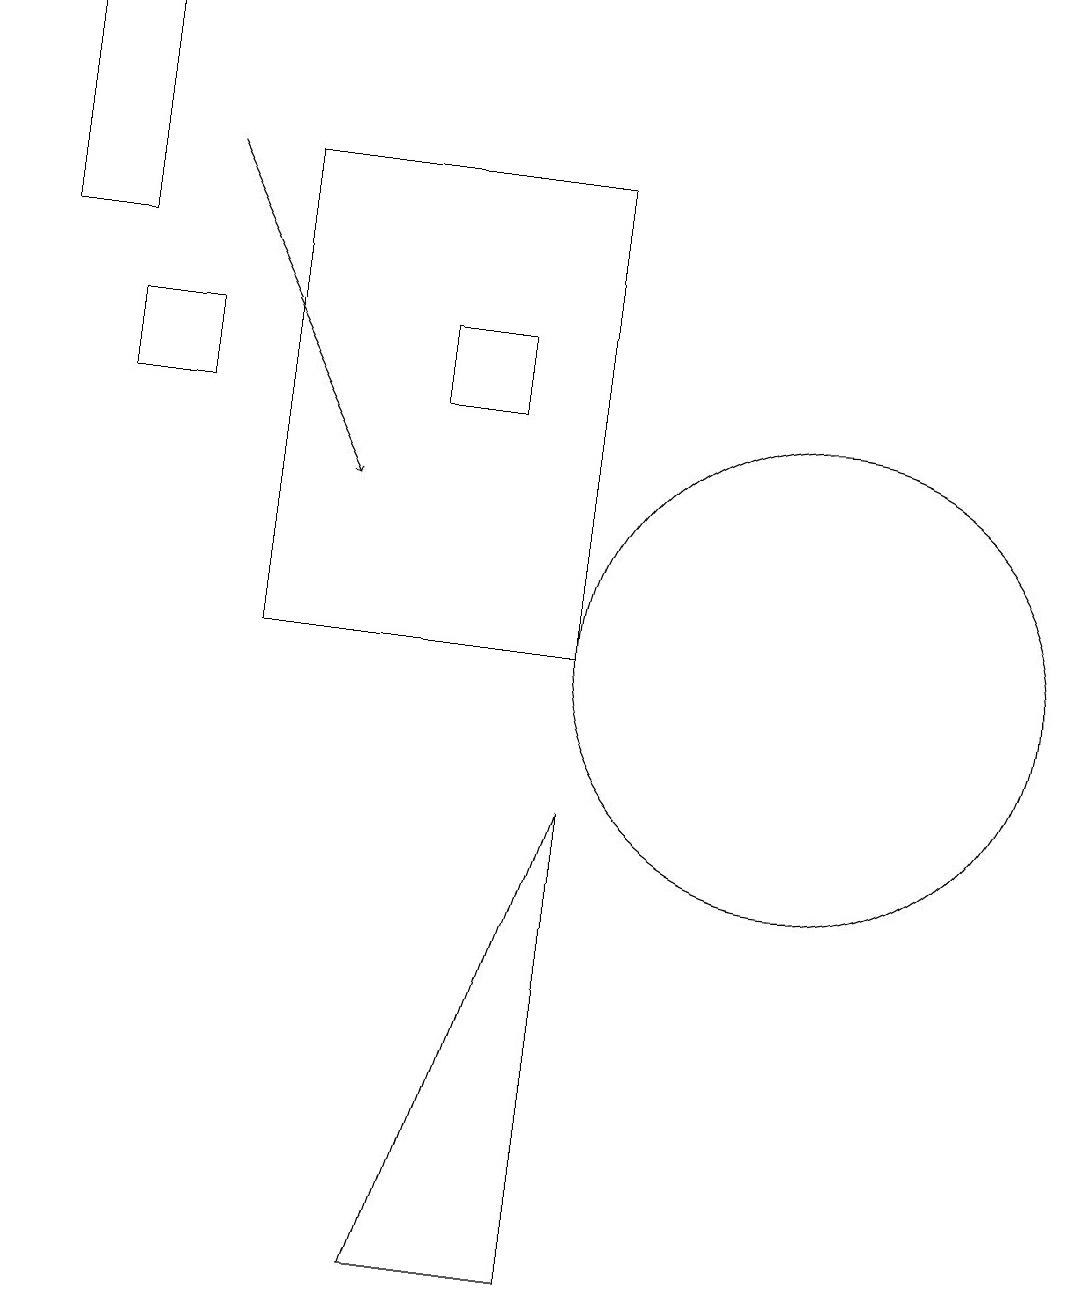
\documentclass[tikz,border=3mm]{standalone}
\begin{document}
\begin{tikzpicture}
\draw (6,13) rectangle (7,14);
\draw (3,13) rectangle (2,14);
\draw (8,2) -- (6,2) -- (8,8) -- cycle;
\draw (3,10) rectangle (3,10);
\draw (11,10) circle (3);
\draw[->] (3,16) -- (5,12);
\draw (4,10) rectangle (8,16);
\draw (2,18) rectangle (1,15);
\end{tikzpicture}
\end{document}